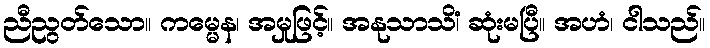
ညီညွတ်သော။ ကမ္မေန၊ အမှုဖြင့်။ အနုသာသိံ၊ ဆုံးမပြီ။ အဟံ၊ ငါသည်။